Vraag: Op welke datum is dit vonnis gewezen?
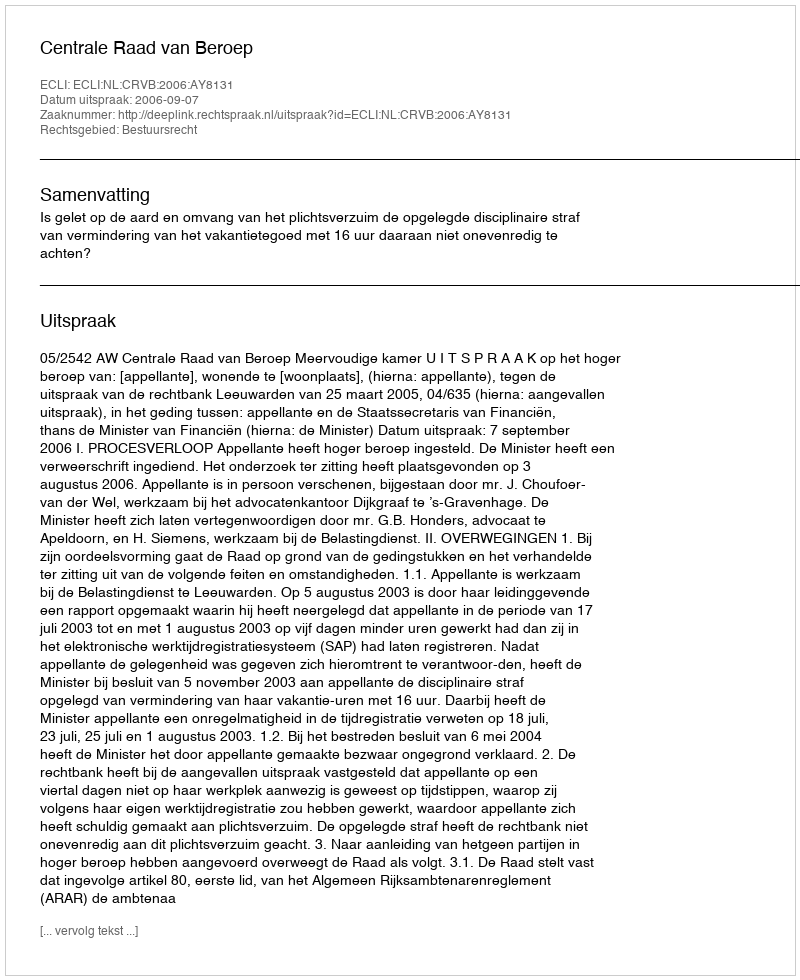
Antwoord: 2006-09-07